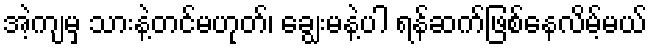
အဲ့ကျမှ သားနဲ့တင်မဟုတ်၊ ချွေးမနဲ့ပါ ရန်ဆက်ဖြစ်နေလိမ့်မယ်